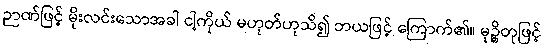
ဉာဏ်ဖြင့် မိုးလင်းသောအခါ ငါ့ကိုယ် မဟုတ်ဟုသိ၍ ဘယဖြင့် ကြောက်၏။ မုဉ္စိတုဖြင့်